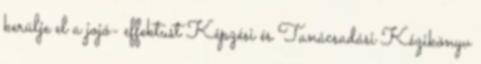
kerülje el a jojó- effektust Képzési és Tanácsadási Kézikönyv